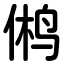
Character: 鸺